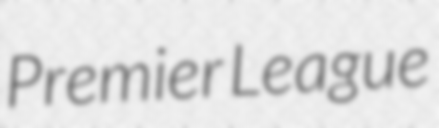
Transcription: Premier League